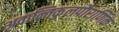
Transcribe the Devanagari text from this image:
अवान्तिकुलपौराणिक